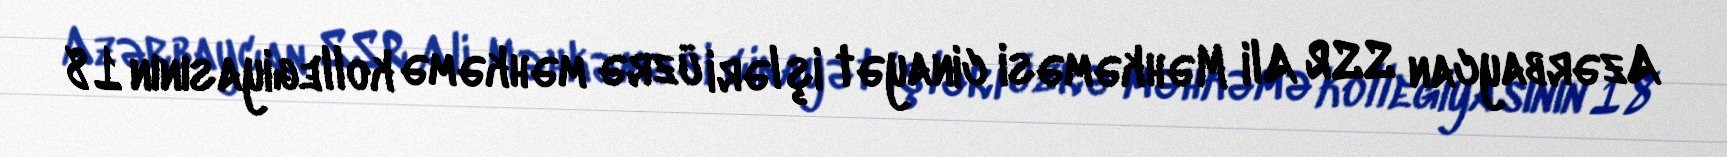
Azərbaycan SSR Ali Məhkəməsi cinayət işləri üzrə məhkəmə kollegiyasının 18